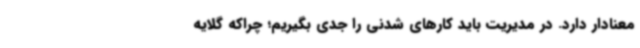
معنادار دارد. در مدیریت باید کارهای شدنی را جدی بگیریم؛ چراکه گلایه